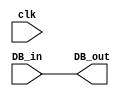
module IObuffer(DB_out,clk,DB_in);
input clk;
input[7:0]DB_in;
output reg[7:0]DB_out;
always@(DB_in)
begin
DB_out<=DB_in;
end
endmodule